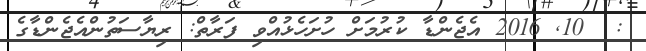
:  10